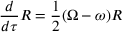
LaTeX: { \frac { d } { d \tau } } R = { \frac { 1 } { 2 } } ( \Omega - \omega ) R